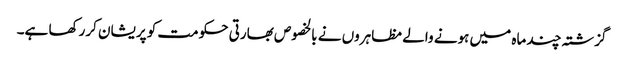
گزشتہ چند ماہ میں ہونے والے مظاہروں نے بالخصوص بھارتی حکومت کو پریشان کررکھا ہے۔